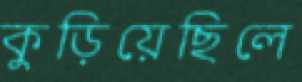
কুড়িয়েছিলে